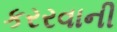
કરરવાની